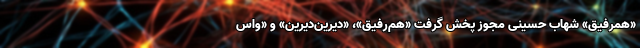
«همرفیق» شهاب حسینی مجوز پخش گرفت «هم‌رفیق»، «دیرین‌دیرین» و «واس